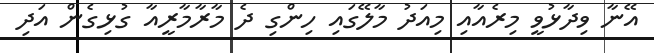
އޭނާ ވިދާޅުވީ މިރެއާއި މިއަދު މާލޭގައި ހިންގި ދެ މާރާމާރީއާ ގުޅިގެން އަދި